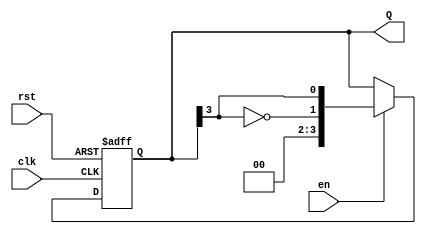
module johnson_counter #(parameter n = 4) (
    input wire clk,
    input wire rst,
    input wire en,
    output reg [n-1:0] Q
);

    always @(posedge clk or posedge rst) begin
        if (rst) begin
            // Reset the counter to 0
            Q <= 0;
        end else if (en) begin
            // Johnson counter logic
            Q <= { ~Q[n-1], Q[n-1:n-1] }; // Shift left and feedback inverted last bit
        end
        // If enable is low, Q retains its current state
    end

endmodule